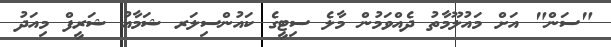
"ސަން" އަށް މައުލޫމާތު ދެއްވަމުން މާލެ ސިޓީގެ ކައުންސިލަރ ޝަމާއު ޝަރީފް މިއަދު